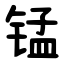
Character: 锰